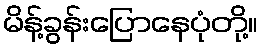
မိန့်ခွန်းပြောနေပုံတို့။